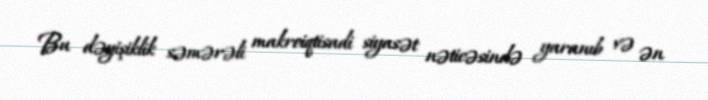
Bu dəyişiklik səmərəli makroiqtisadi siyasət nəticəsində yaranıb və ən